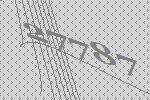
27787